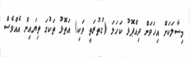
މިސާލަކަށް އިހަވަން ދިއްޕޮޅު ކަހަލަ (ގުތުރަތީ ވަކި) އަތޮޅު ތަކުގަ ތިޔައިން އެއްވެސް